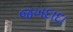
જખદાદા